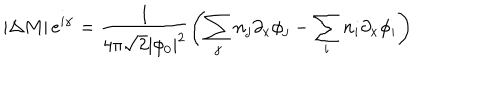
LaTeX: \left| \Delta M \right| e ^ { i \alpha } = \frac { 1 } { 4 \pi \sqrt { 2 } \left| \phi _ { 0 } \right| ^ { 2 } } \left( \sum _ { j } n _ { j } \partial _ { x } \phi _ { j } - \sum _ { i } n _ { i } \partial _ { x } \phi _ { i } \right)